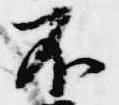
不